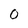
Character: 0